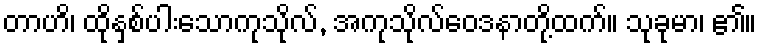
တာဟိ၊ ထိုနှစ်ပါးသောကုသိုလ်, အကုသိုလ်ဝေဒနာတို့ထက်။ သုခုမာ၊ ၏။